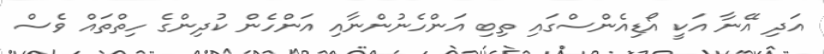
އަދި އޭނާ އަކީ އޯޑިއެންސްގައި ތިބި އަންހެނުންނާއި އަންހެން ކުދިންގެ ހިތްތައް ވެސް